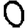
Digit: 0